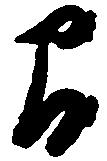
間